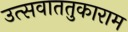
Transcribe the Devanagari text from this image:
उत्सवाततुकाराम